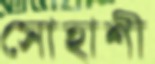
সোহাশী